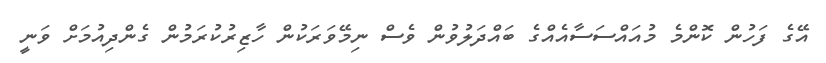
އޭގެ ފަހުން ކޮންމެ މުއައްސަސާއެއްގެ ބައްދަލުވުން ވެސް ނިމޭވަރަކުން ހާޒިރުކުރަމުން ގެންދިއުމަށް ވަނީ